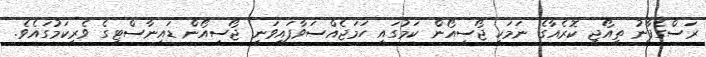
ރަސްގެފާނު ތިއޯޖީ ކޮރެއާގެ ނަމަކީ ޖޯސިއޯން ކަމުގައި ހަމަޖެއްސަވާފައިވަނީ ޖޯސިއޯން ޑައިނާސްޓީގެ ވެރިކަމުގައެވެ.